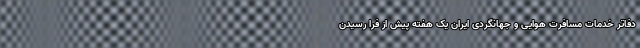
دفاتر خدمات مسافرت هوایی و جهانگردی ایران یک هفته پیش از فرا رسیدن